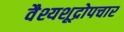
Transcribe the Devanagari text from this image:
वैश्यशूद्रोपचार